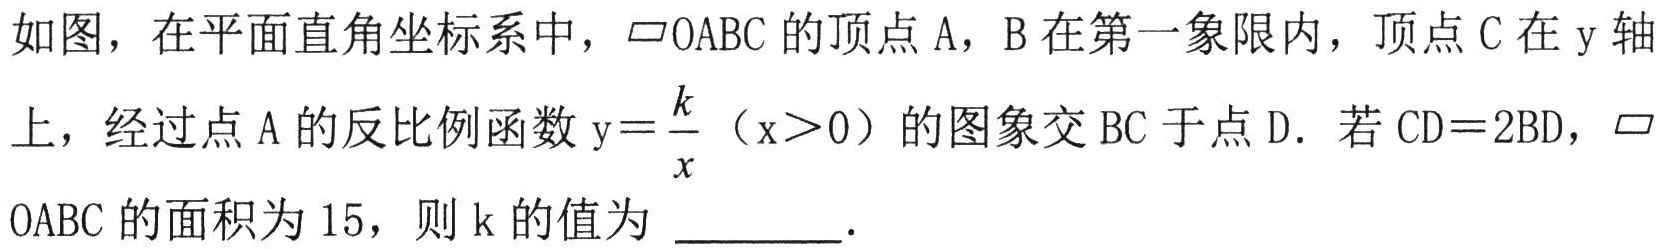
如图，在平面直角坐标系中，$\parallelogram OABC$的顶点$A$，$B$在第一象限内，顶点$C$在$y$轴上，经过点$A$的反比例函数$y = \frac{k}{x}$（$x>0$）的图象交$BC$于点$D$. 若$CD = 2BD$，$\parallelogram OABC$的面积为$15$，则$k$的值为  .